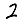
Digit: 2